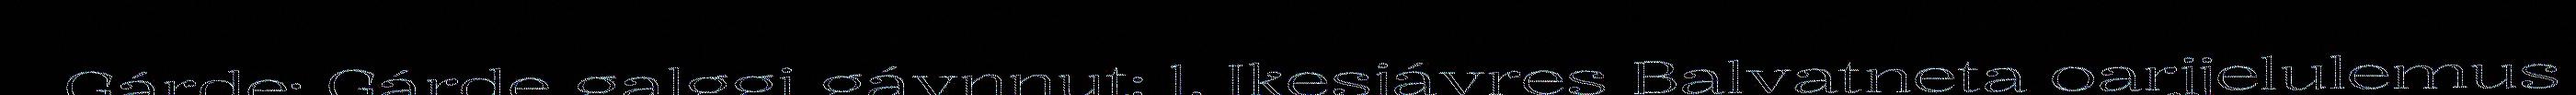
Gárde: Gárde galggi gávnnut: 1. Ikesjávres Balvatneta oarjjelulemus